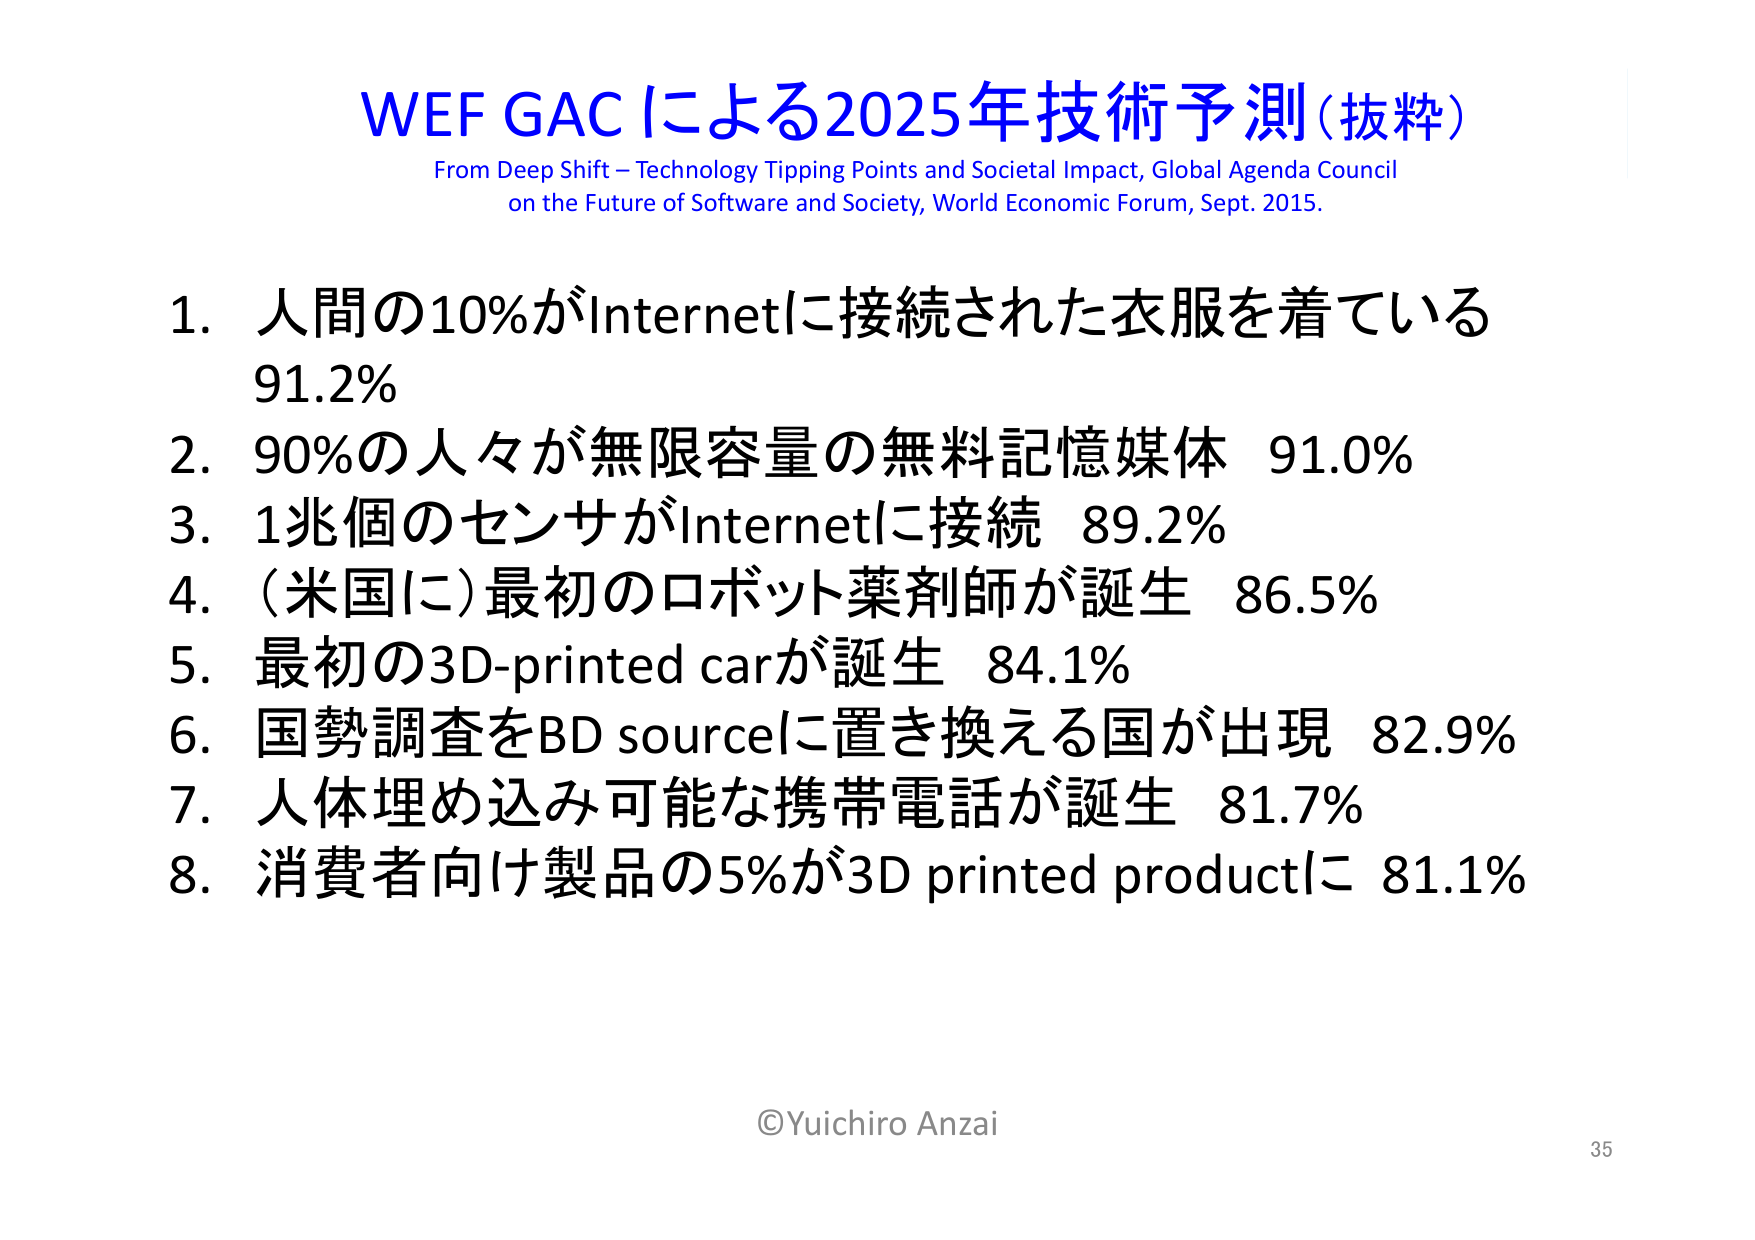
WEF GAC による2025年技術予測（抜粋）
From Deep Shift – Technology Tipping Points and Societal Impact, Global Agenda Council
on the Future of Software and Society, World Economic Forum, Sept. 2015.

1. 人間の10%がInternetに接続された衣服を着ている
91.2%
2. 90%の人々が無限容量の無料記憶媒体 91.0%
3. 1兆個のセンサがInternetに接続 89.2%
4. （米国に）最初のロボット薬剤師が誕生 86.5%
5. 最初の3D-printed carが誕生 84.1%
6. 国勢調査をBD sourceに置き換える国が出現 82.9%
7. 人体埋め込み可能な携帯電話が誕生 81.7%
8. 消費者向け製品の5%が3D printed productに 81.1%

©Yuichiro Anzai
35